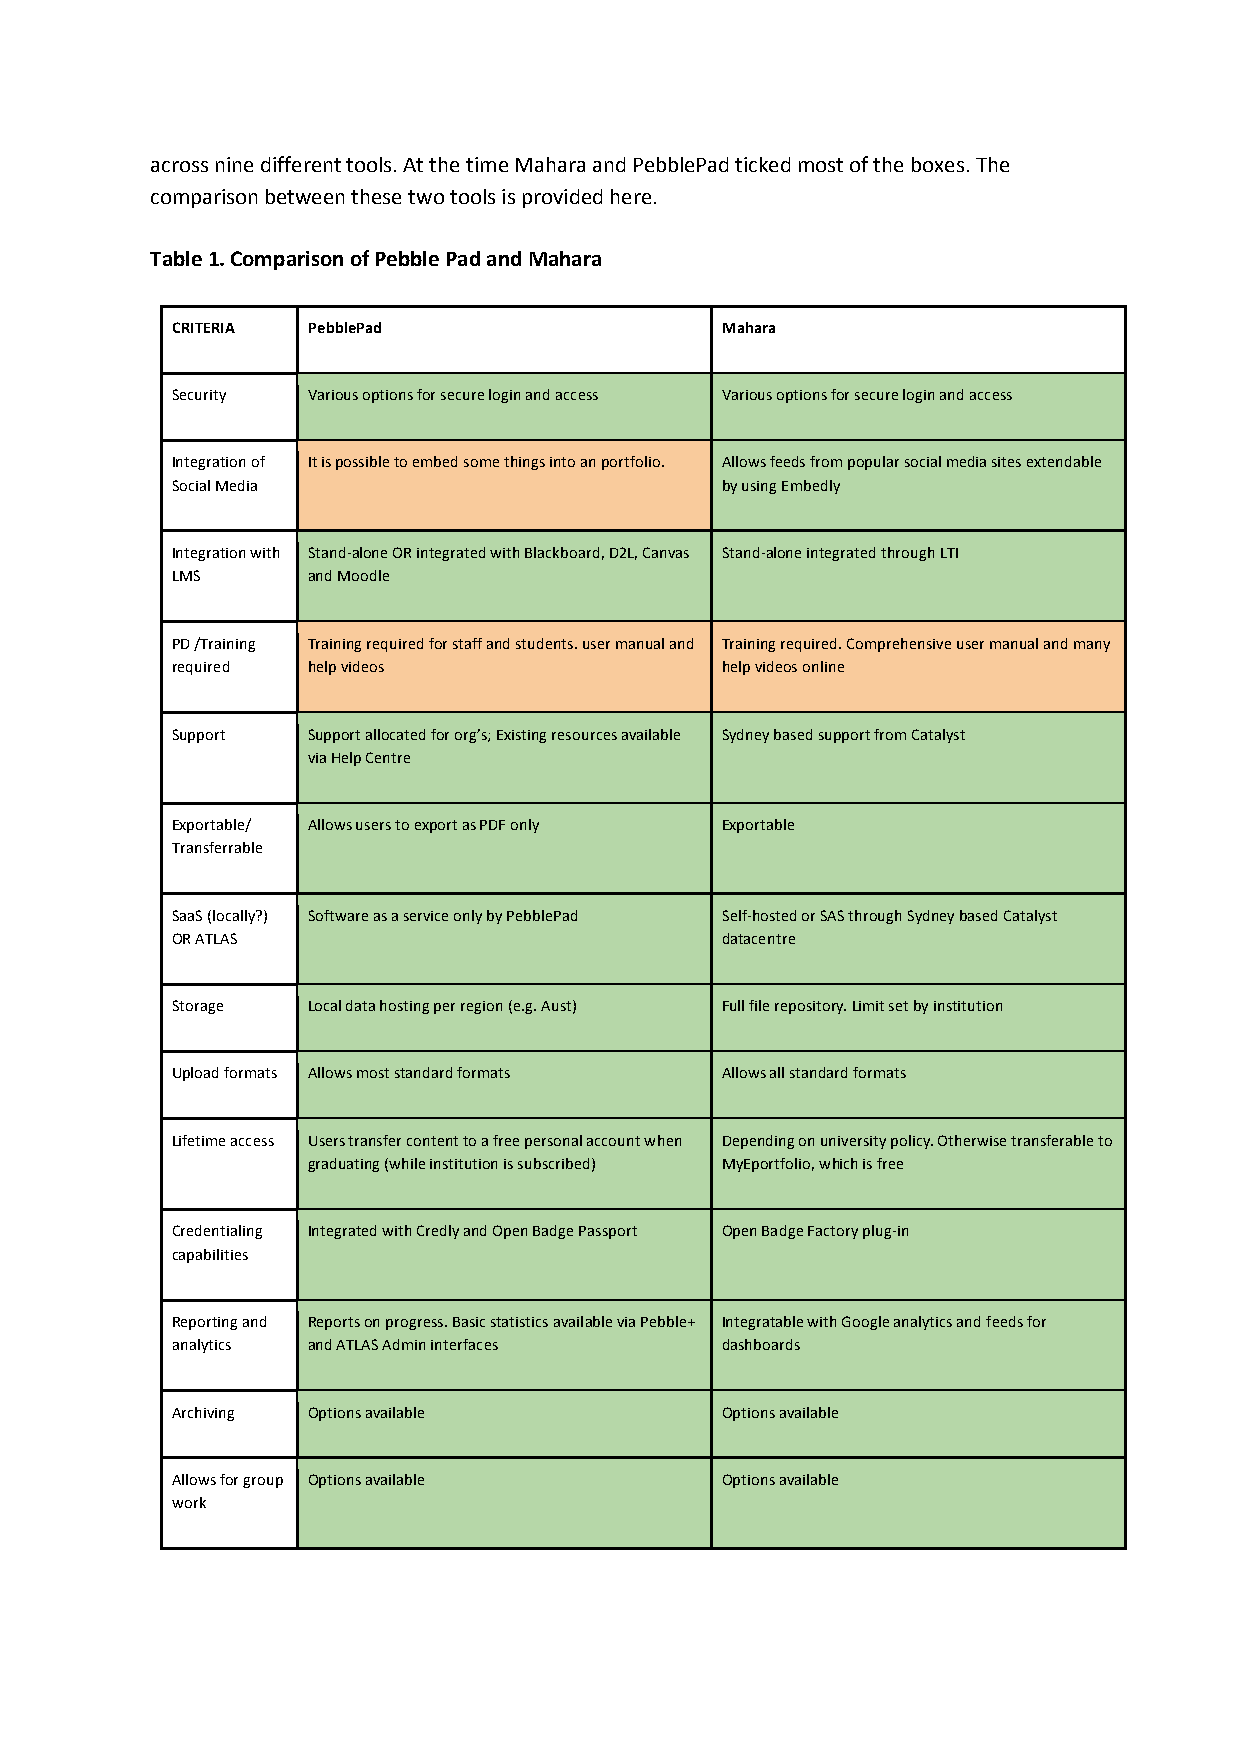
across nine different tools. At the time Mahara and PebblePad ticked most of the boxes. The
 comparison between these two tools is provided here.
 Table 1. Comparison of Pebble Pad and Mahara
 CRITERIA PebblePad                   Mahara
 Security Various options for secure login and access Various options for secure login and access
 Integration of It is possible to embed some things into an portfolio. Allows feeds from popular social media sites extendable
 Social Media                         by using Embedly
 Integration with Stand-alone OR integrated with Blackboard, D2L, Canvas Stand-alone integrated through LTI
 LMS      and Moodle
 PD /Training Training required for staff and students. user manual and Training required. Comprehensive user manual and many
 required help videos                 help videos online
 Support  Support allocated for org’s; Existing resources available Sydney based support from Catalyst
 via Help Centre
 Exportable/ Allows users to export as PDF only Exportable
 Transferrable
 SaaS (locally?) Software as a service only by PebblePad Self-hosted or SAS through Sydney based Catalyst
 OR ATLAS                             datacentre
 Storage  Local data hosting per region (e.g. Aust) Full file repository. Limit set by institution
 Upload formats Allows most standard formats Allows all standard formats
 Lifetime access Users transfer content to a free personal account when Depending on university policy. Otherwise transferable to
 graduating (while institution is subscribed) MyEportfolio, which is free
 Credentialing Integrated with Credly and Open Badge Passport Open Badge Factory plug-in
 capabilities
 Reporting and Reports on progress. Basic statistics available via Pebble+ Integratable with Google analytics and feeds for
 analytics and ATLAS Admin interfaces dashboards
 Archiving Options available          Options available
 Allows for group Options available   Options available
 work